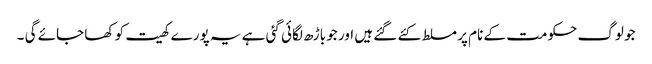
جو لوگ حکومت کے نام پر مسلط کئے گئے ہیں اور جو باڑھ لگائی گئی ہے یہ پورے کھیت کو کھا جائے گی ۔